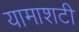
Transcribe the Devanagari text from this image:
यामाशटी